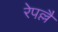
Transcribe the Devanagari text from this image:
रेपल्लै